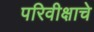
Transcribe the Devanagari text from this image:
परिवीक्षाचे